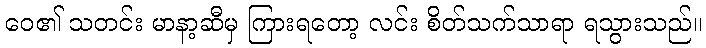
ဝေ၏ သတင်း မာနာ့ဆီမှ ကြားရတော့ လင်း စိတ်သက်သာရာ ရသွားသည်။